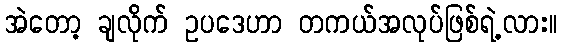
အဲတော့ ချလိုက် ဥပဒေဟာ တကယ်အလုပ်ဖြစ်ရဲ့လား။